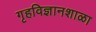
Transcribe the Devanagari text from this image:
गृहविज्ञानशाळा